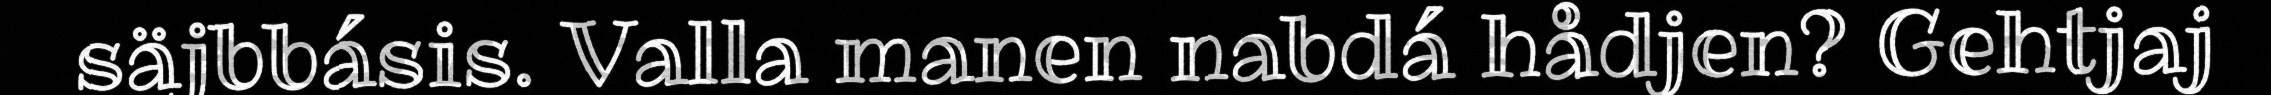
säjbbásis. Valla manen nabdá hådjen? Gehtjaj